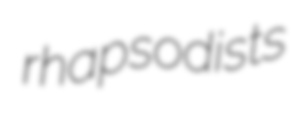
rhapsodists